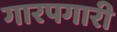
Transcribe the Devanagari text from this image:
गारपगारी